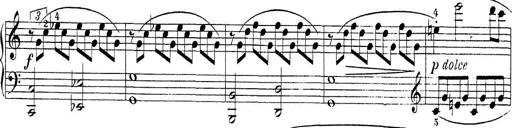
Title: Sonatina Album
Composer: Louis KÃ¶hler